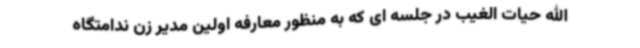
الله حیات الغیب در جلسه ای که به منظور معارفه اولین مدیر زن ندامتگاه